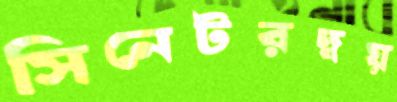
সিনেটরদ্বয়